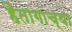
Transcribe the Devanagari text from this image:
हैतांगांच्या